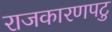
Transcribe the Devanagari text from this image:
राजकारणपटु